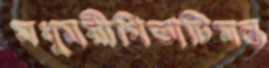
মধুময়ীগিভাটিমন্ত